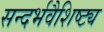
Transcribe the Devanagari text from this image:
सन्दर्भवैशिष्ट्य